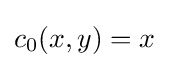
c_{0}(x,y)=x